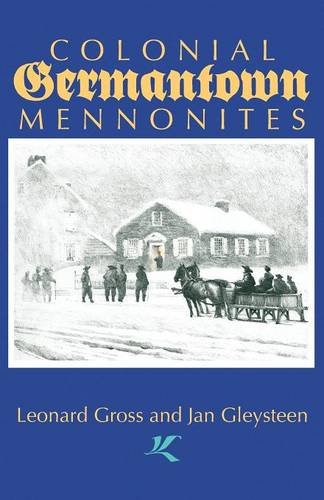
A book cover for Colonial Germantown Mennonites; Leonard Gross; Christian Books & Bibles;